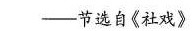
——节选自《社戏》